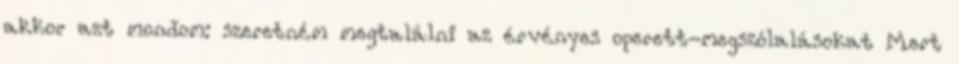
akkor azt mondom: szeretném megtalálni az érvényes operett-megszólalásokat Mert